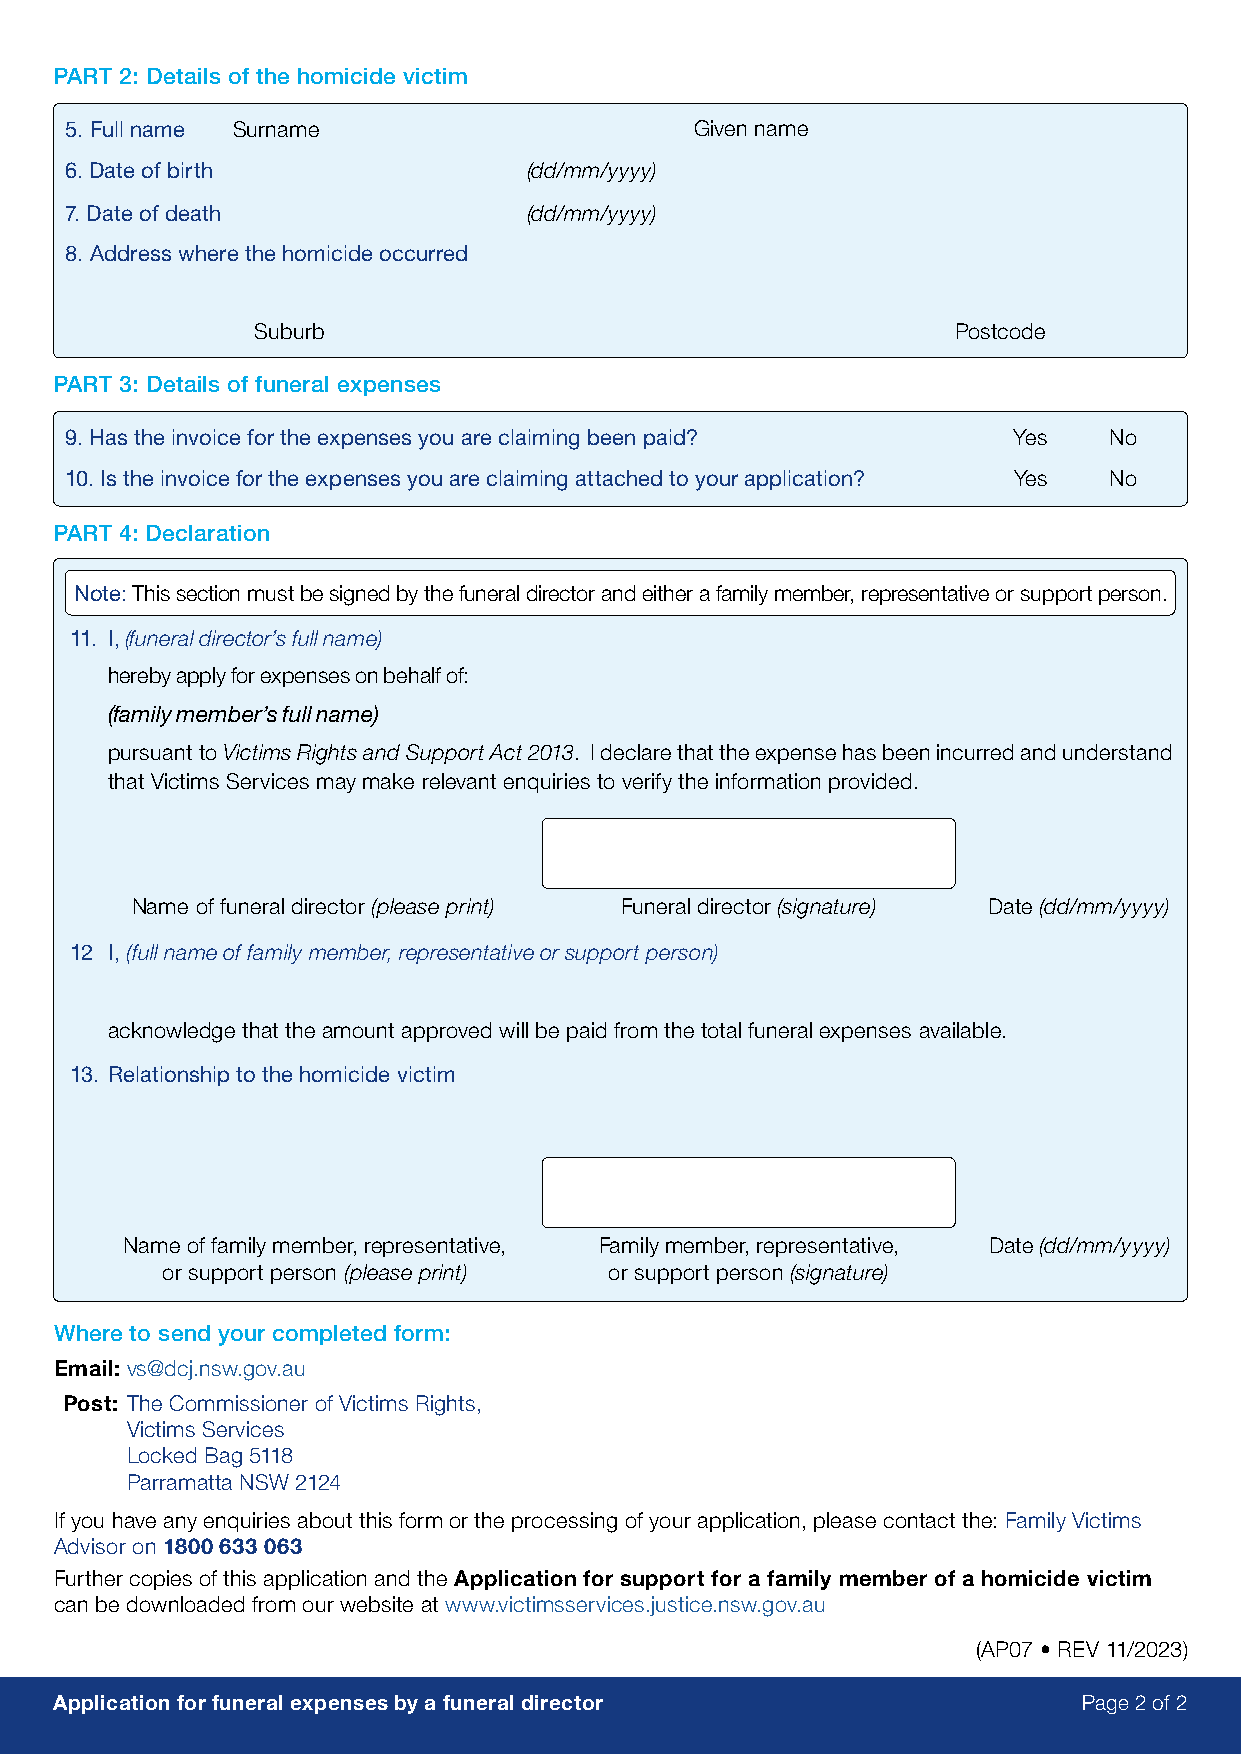
PART 2: Details of the homicide victim
 5. Full name Surname                      Given name
 6. Date of birth               (dd/mm/yyyy)
 7. Date of death               (dd/mm/yyyy)
 8. Address where the homicide occurred
 Suburb                                        Postcode
 PART 3: Details of funeral expenses
 9. Has the invoice for the expenses you are claiming been paid? Yes  No
 10. Is the invoice for the expenses you are claiming attached to your application? Yes No
 PART 4: Declaration
 Note: This section must be signed by the funeral director and either a family member, representative or support person.
 11. I, (funeral director’s full name)
 hereby apply for expenses on behalf of:
 (family member’s full name)
 pursuant to Victims Rights and Support Act 2013. I declare that the expense has been incurred and understand
 that Victims Services may make relevant enquiries to verify the information provided.
 Name of funeral director (please print) Funeral director (signature) Date (dd/mm/yyyy)
 12 I, (full name of family member, representative or support person)
 acknowledge that the amount approved will be paid from the total funeral expenses available.
 13. Relationship to the homicide victim
 Name of family member, representative, Family member, representative, Date (dd/mm/yyyy)
 or support person (please print) or support person (signature)
 Where to send your completed form:
 Email: vs@dcj.nsw.gov.au
 Post: The Commissioner of Victims Rights,
 Victims Services
 Locked Bag 5118
 Parramatta NSW 2124
 If you have any enquiries about this form or the processing of your application, please contact the: Family Victims
 Advisor on 1800 633 063
 Further copies of this application and the Application for support for a family member of a homicide victim
 can be downloaded from our website at www.victimsservices.justice.nsw.gov.au
 (AP07 • REV 11/2023)
 Application for funeral expenses by a funeral director              Page 2 of 2